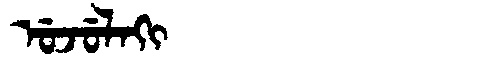
Manchu: ᡠᠵᡠᠯᠠᡴᡳ
Romanization: UJULAKI